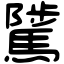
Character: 騭